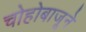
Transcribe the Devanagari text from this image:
चोहोबाजूने